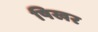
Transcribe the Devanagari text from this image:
षिखर